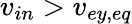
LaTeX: v_{in}>v_{ey,eq}